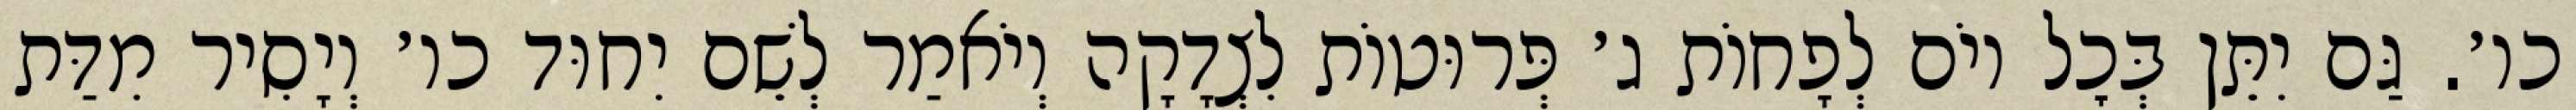
כו׳. גַּם יִתֵּן בְּכׇל יוֹם לְפָחוֹת ג׳ פְּרוּטוֹת לִצְדָקָה וְיֹאמַר לְשֵׁם יִחוּד כו׳ וְיָסִיר מִדַּת